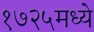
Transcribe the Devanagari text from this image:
१७२५मध्ये